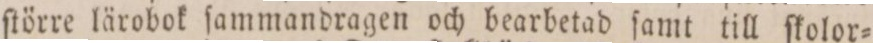
ſtörre lärobok ſammandragen och bearbetad ſamt till ſkolor=